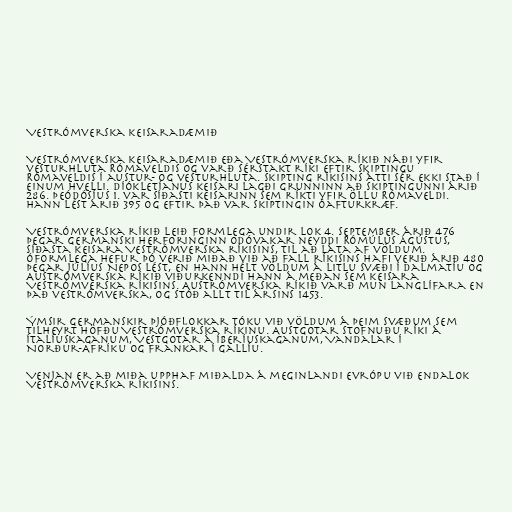
Vestrómverska keisaradæmið

Vestrómverska keisaradæmið eða Vestrómverska ríkið náði yfir
vesturhluta Rómaveldis og varð sérstakt ríki eftir skiptingu
Rómaveldis í austur- og vesturhluta. Skipting ríkisins átti sér ekki stað í
einum hvelli. Díókletíanus keisari lagði grunninn að skiptingunni árið
286. Þeódósíus 1. var síðasti keisarinn sem ríkti yfir öllu Rómaveldi.
Hann lést árið 395 og eftir það var skiptingin óafturkræf.

Vestrómverska ríkið leið formlega undir lok 4. september árið 476
þegar germanski herforinginn Odóvakar neyddi Rómúlus Ágústus,
síðasta keisara Vestrómverska ríkisins, til að láta af völdum.
Óformlega hefur þó verið miðað við að fall ríkisins hafi verið árið 480
þegar Júlíus Nepos lést, en hann hélt völdum á litlu svæði í Dalmatíu og
Austrómverska ríkið viðurkenndi hann á meðan sem keisara
Vestrómverska ríkisins. Austrómverska ríkið varð mun langlífara en
það vestrómverska, og stóð allt til ársins 1453.

Ýmsir germanskir þjóðflokkar tóku við völdum á þeim svæðum sem
tilheyrt höfðu Vestrómverska ríkinu. Austgotar stofnuðu ríki á
Ítalíuskaganum, Vestgotar á Íberíuskaganum, Vandalar í
Norður-Afríku og Frankar í Gallíu.

Venjan er að miða upphaf miðalda á meginlandi Evrópu við endalok
Vestrómverska ríkisins.